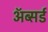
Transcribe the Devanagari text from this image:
ॲब्सर्ड